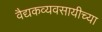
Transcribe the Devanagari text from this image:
वैद्यकव्यवसायीच्या